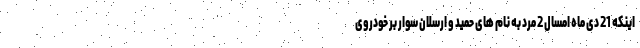
اینکه 21 دی ماه امسال 2 مرد به نام های حمید و ارسلان سوار بر خودروی